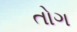
તોગ